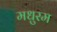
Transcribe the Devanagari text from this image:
मधुरम